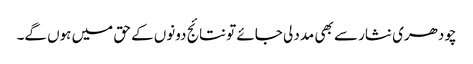
چودھری نثار سے بھی مدد لی جائے تو نتائج دونوں کے حق میں ہوں گے۔